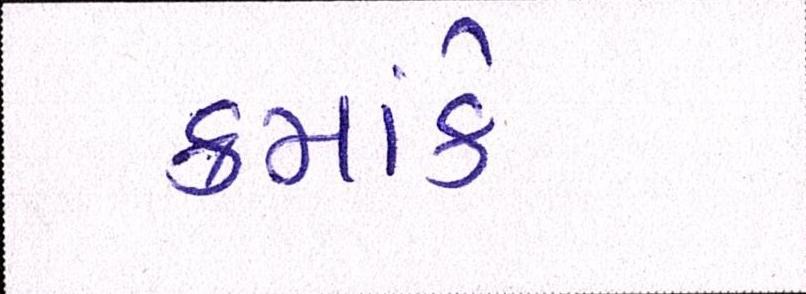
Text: ક્રમાંકે